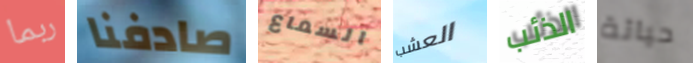
ربما صادفنا السماع العشب الذئب حياتة